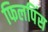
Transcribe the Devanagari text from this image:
फिलपिंस